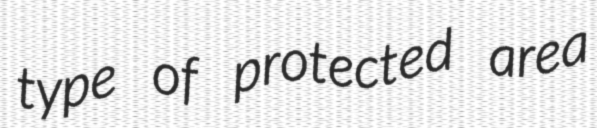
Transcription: type of protected area